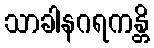
သာခါနဂရကန္တိ